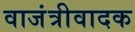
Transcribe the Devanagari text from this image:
वाजंत्रीवादक